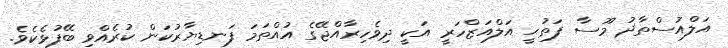
އަލްއުސްތާޛު މޫސާ ފަތުޙީ އަލްއަޒްހަރީ އަކީ ދިވެހިރާއްޖޭގެ އުއްތަމަ ފަނޑިޔާރުކަން ކުރެއްވި ބޭފުޅެކެވެ.